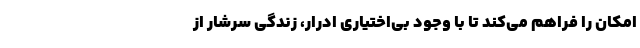
امکان را فراهم می‌کند تا با وجود بی‌اختیاری ادرار، زندگی سرشار از